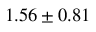
1 . 5 6 \pm 0 . 8 1